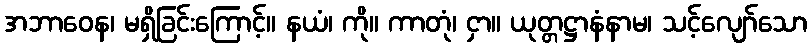
အဘာဝေန၊ မရှိခြင်းကြောင့်။ နယံ၊ ကို။ ကာတုံ၊ ငှာ။ ယုတ္တဋ္ဌာနံနာမ၊ သင့်လျော်သော